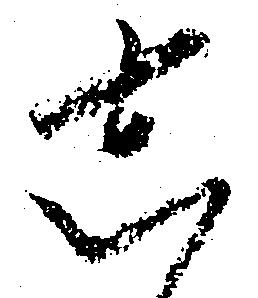
し